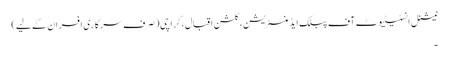
نیشنل انسٹیٹیوٹ آف پبلک ایڈمنسٹریشن، گلشن اقبال، کراچی(صرف سرکاری افسران کے لیے)
۔